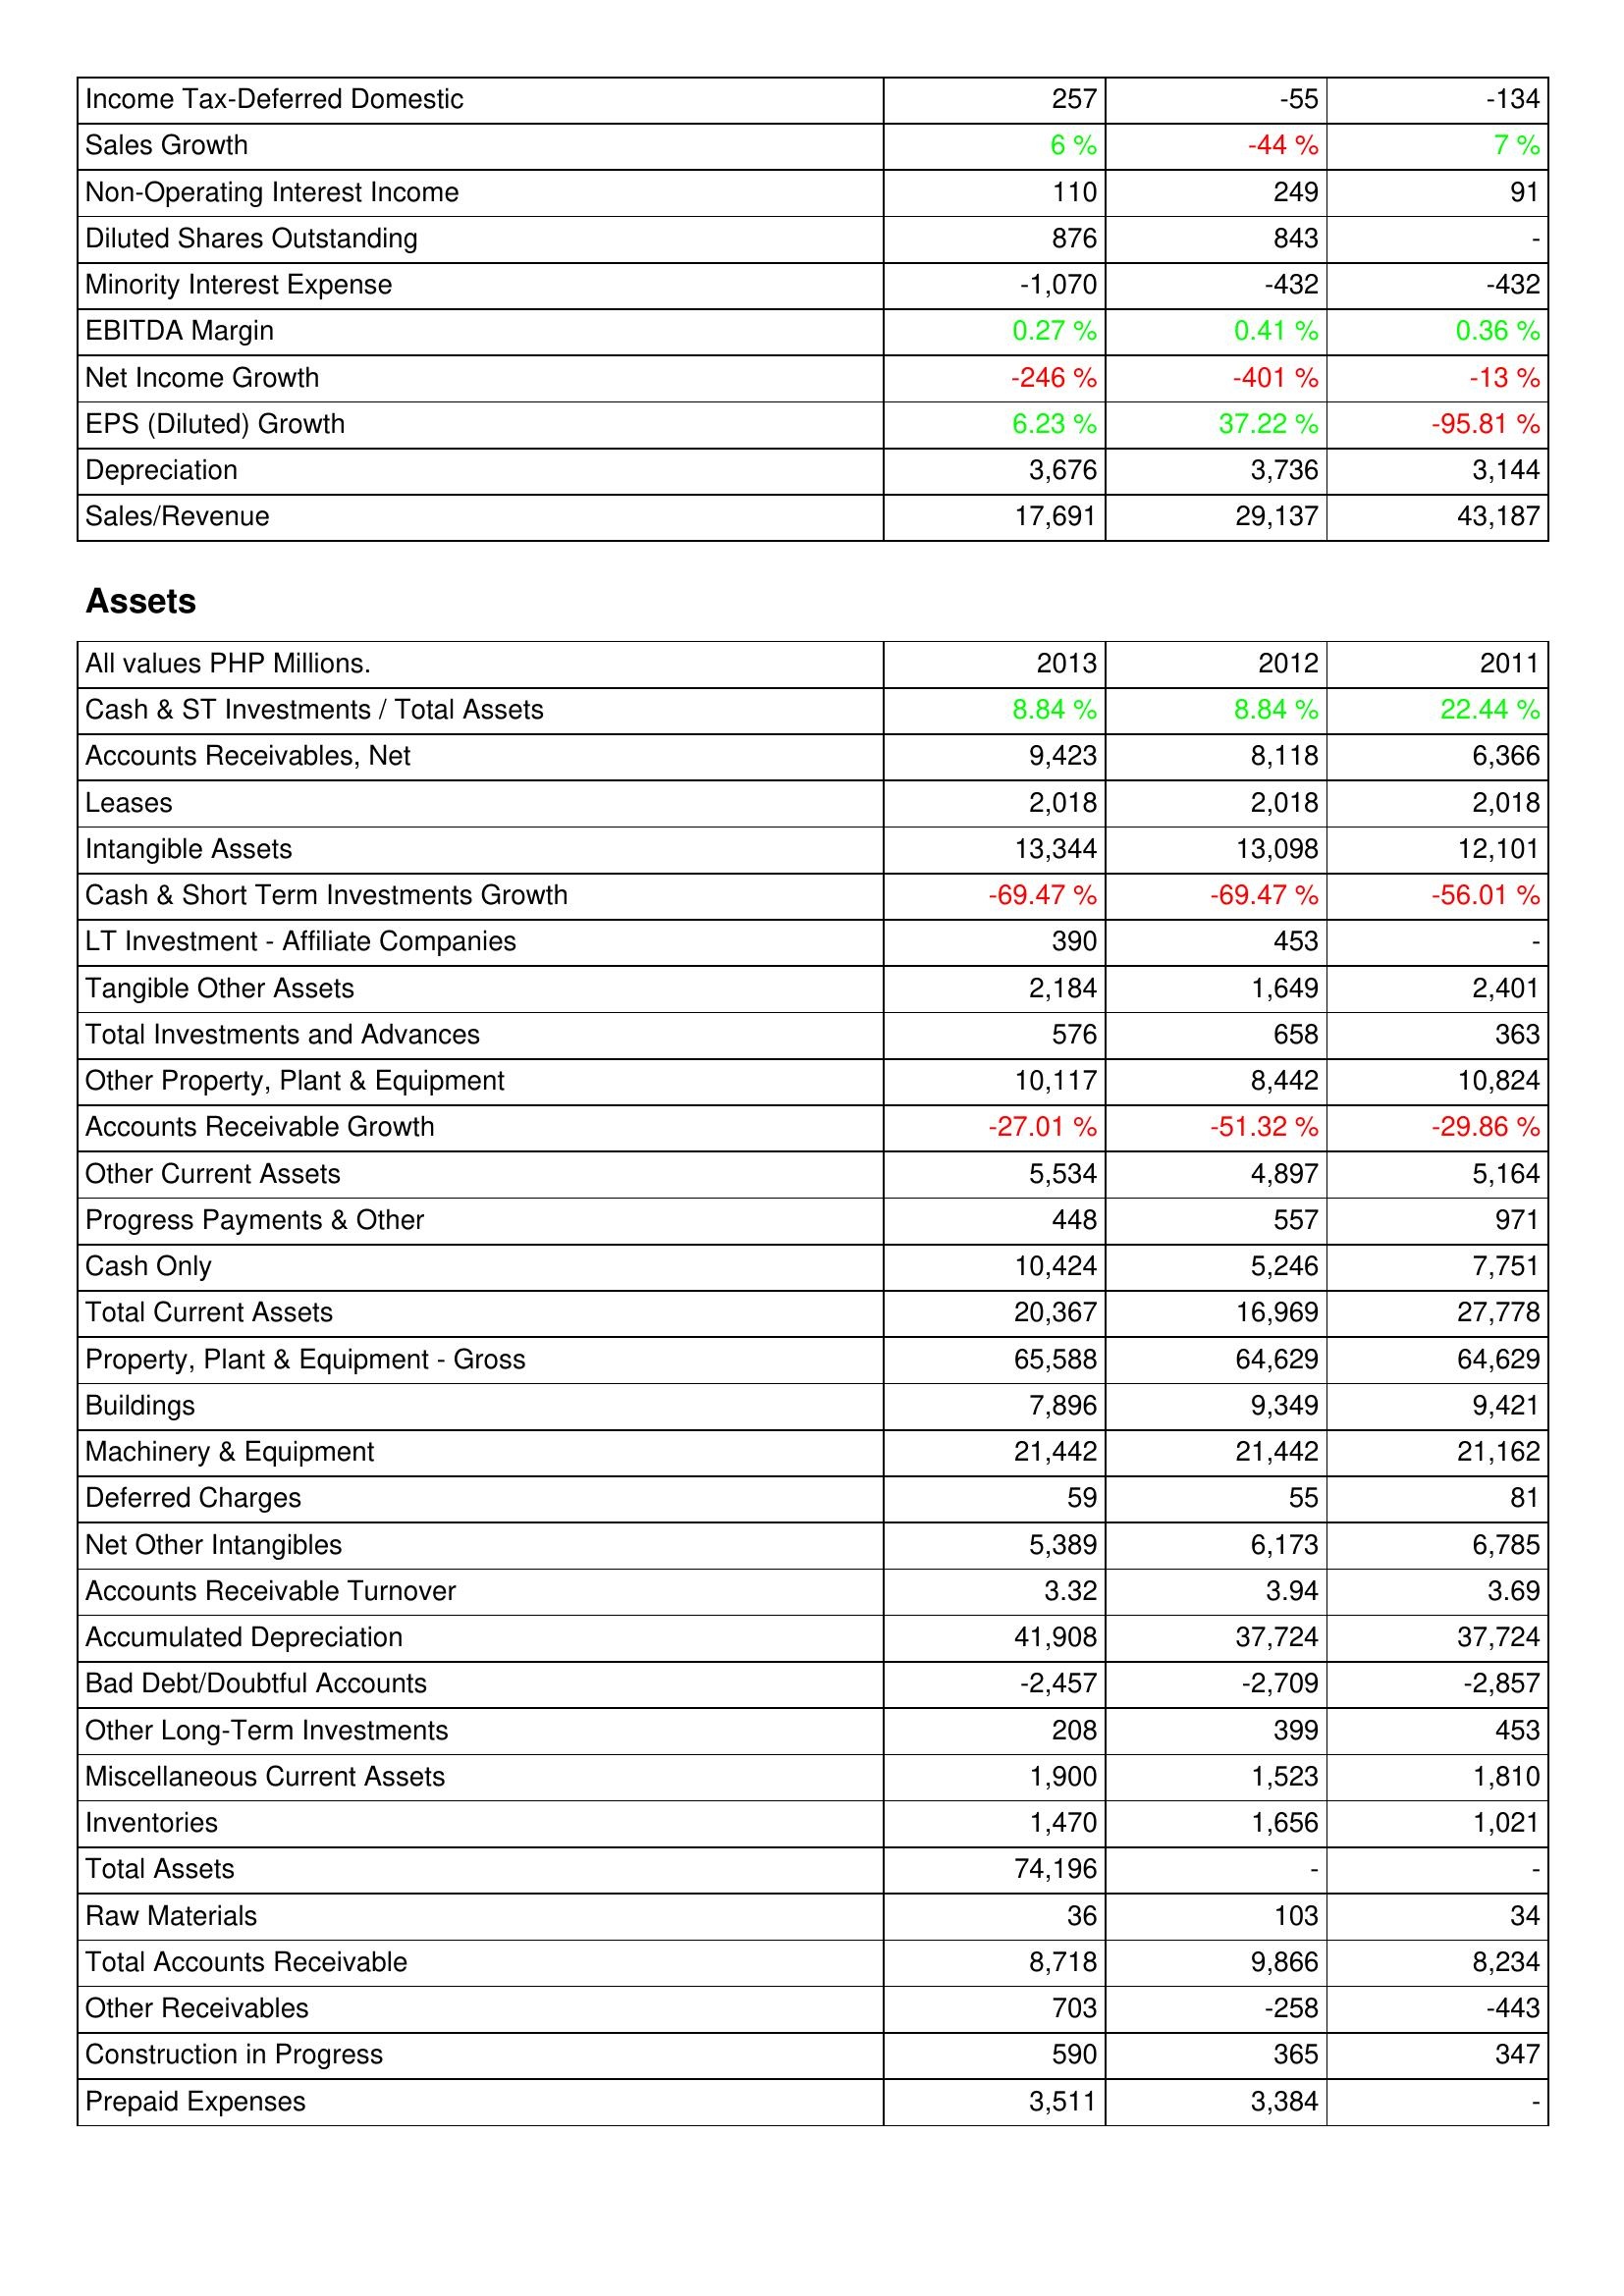
2013: Income Statement: Income Tax-Deferred Domestic: 257
Sales Growth: 6 %
Non-Operating Interest Income: 110
Diluted Shares Outstanding: 876
Minority Interest Expense: -1,070
EBITDA Margin: 0.27 %
Net Income Growth: -246 %
EPS (Diluted) Growth: 6.23 %
Depreciation: 3,676
Sales/Revenue: 17,691
Assets: Cash & ST Investments / Total Assets: 8.84 %
Accounts Receivables, Net: 9,423
Leases: 2,018
Intangible Assets: 13,344
Cash & Short Term Investments Growth: -69.47 %
LT Investment - Affiliate Companies: 390
Tangible Other Assets: 2,184
Total Investments and Advances: 576
Other Property, Plant & Equipment: 10,117
Accounts Receivable Growth: -27.01 %
Other Current Assets: 5,534
Progress Payments & Other: 448
Cash Only: 10,424
Total Current Assets: 20,367
Property, Plant & Equipment - Gross: 65,588
Buildings: 7,896
Machinery & Equipment: 21,442
Deferred Charges: 59
Net Other Intangibles: 5,389
Accounts Receivable Turnover: 3.32
Accumulated Depreciation: 41,908
Bad Debt/Doubtful Accounts: -2,457
Other Long-Term Investments: 208
Miscellaneous Current Assets: 1,900
Inventories: 1,470
Total Assets: 74,196
Raw Materials: 36
Total Accounts Receivable: 8,718
Other Receivables: 703
Construction in Progress: 590
Prepaid Expenses: 3,511
2012: Income Statement: Income Tax-Deferred Domestic: -55
Sales Growth: -44 %
Non-Operating Interest Income: 249
Diluted Shares Outstanding: 843
Minority Interest Expense: -432
EBITDA Margin: 0.41 %
Net Income Growth: -401 %
EPS (Diluted) Growth: 37.22 %
Depreciation: 3,736
Sales/Revenue: 29,137
Assets: Cash & ST Investments / Total Assets: 8.84 %
Accounts Receivables, Net: 8,118
Leases: 2,018
Intangible Assets: 13,098
Cash & Short Term Investments Growth: -69.47 %
LT Investment - Affiliate Companies: 453
Tangible Other Assets: 1,649
Total Investments and Advances: 658
Other Property, Plant & Equipment: 8,442
Accounts Receivable Growth: -51.32 %
Other Current Assets: 4,897
Progress Payments & Other: 557
Cash Only: 5,246
Total Current Assets: 16,969
Property, Plant & Equipment - Gross: 64,629
Buildings: 9,349
Machinery & Equipment: 21,442
Deferred Charges: 55
Net Other Intangibles: 6,173
Accounts Receivable Turnover: 3.94
Accumulated Depreciation: 37,724
Bad Debt/Doubtful Accounts: -2,709
Other Long-Term Investments: 399
Miscellaneous Current Assets: 1,523
Inventories: 1,656
Total Assets: -
Raw Materials: 103
Total Accounts Receivable: 9,866
Other Receivables: -258
Construction in Progress: 365
Prepaid Expenses: 3,384
2011: Income Statement: Income Tax-Deferred Domestic: -134
Sales Growth: 7 %
Non-Operating Interest Income: 91
Diluted Shares Outstanding: -
Minority Interest Expense: -432
EBITDA Margin: 0.36 %
Net Income Growth: -13 %
EPS (Diluted) Growth: -95.81 %
Depreciation: 3,144
Sales/Revenue: 43,187
Assets: Cash & ST Investments / Total Assets: 22.44 %
Accounts Receivables, Net: 6,366
Leases: 2,018
Intangible Assets: 12,101
Cash & Short Term Investments Growth: -56.01 %
LT Investment - Affiliate Companies: -
Tangible Other Assets: 2,401
Total Investments and Advances: 363
Other Property, Plant & Equipment: 10,824
Accounts Receivable Growth: -29.86 %
Other Current Assets: 5,164
Progress Payments & Other: 971
Cash Only: 7,751
Total Current Assets: 27,778
Property, Plant & Equipment - Gross: 64,629
Buildings: 9,421
Machinery & Equipment: 21,162
Deferred Charges: 81
Net Other Intangibles: 6,785
Accounts Receivable Turnover: 3.69
Accumulated Depreciation: 37,724
Bad Debt/Doubtful Accounts: -2,857
Other Long-Term Investments: 453
Miscellaneous Current Assets: 1,810
Inventories: 1,021
Total Assets: -
Raw Materials: 34
Total Accounts Receivable: 8,234
Other Receivables: -443
Construction in Progress: 347
Prepaid Expenses: -